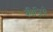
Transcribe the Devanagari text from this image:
कीजिसे